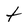
Character: t